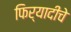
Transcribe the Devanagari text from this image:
फिर्यादीचे